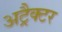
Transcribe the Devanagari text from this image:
अट्रैक्टर